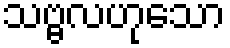
သဗ္ဗလဟုသော